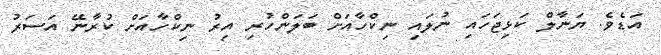
އަޑެވެ. ޔަނާލް ކަޅިޖަހައި ނުލައި ނިކްހާއަށް ބަލަންހުރި އިރު ނިކްހާއަށް ކުރާނޭ އަސަރު